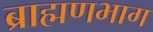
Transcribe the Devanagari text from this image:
ब्राह्मणभाग